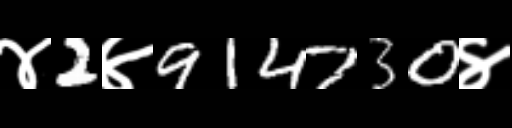
Text: ४2४914730४